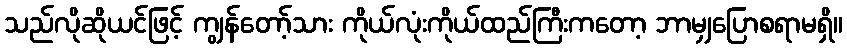
သည်လိုဆိုယင်ဖြင့် ကျွန်တော့်သား ကိုယ်လုံးကိုယ်ထည်ကြီးကတော့ ဘာမျှပြောစရာမရှိ။